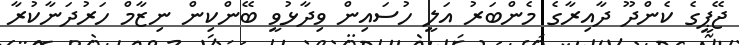
ޖޭޕީގެ ކެންދޫ ދާއިރާގެ މެންބަރު އަލީ ހުސައިން ވިދާޅުވީ ބޭންކިން ނިޒާމް ހަރުދަނާކުރާ